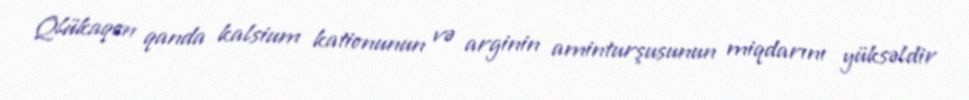
Qlükaqon qanda kalsium kationunun və arginin aminturşusunun miqdarını yüksəldir